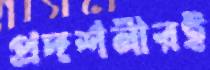
প্রদর্শনীরই